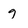
Character: g